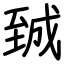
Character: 臹